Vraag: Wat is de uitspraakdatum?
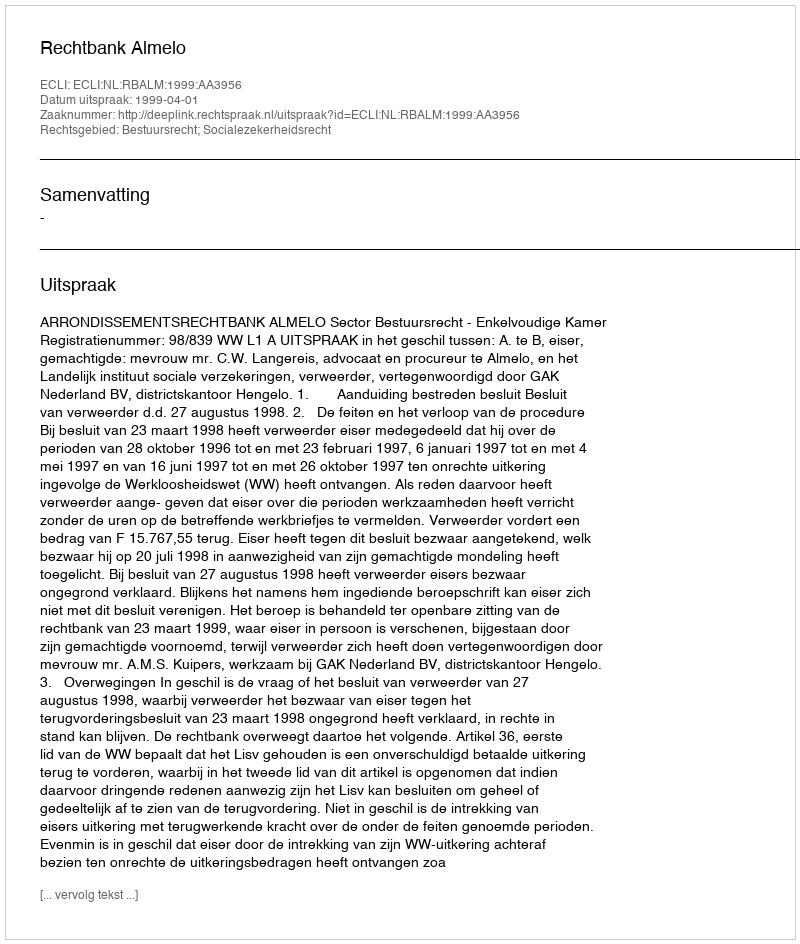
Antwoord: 1999-04-01